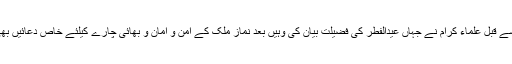
نماز کے سے قبل علماء کرام نے جہاں عیدالفطر کی فضیلت بیان کی وہیں بعد نماز ملک کے امن و امان و بھائی چارے کیلئے خاص دعائیں بھی کی گئی۔